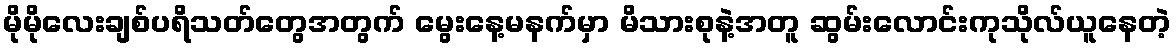
မိုမိုလေးချစ်ပရိသတ်တွေအတွက် မွေးနေ့မနက်မှာ မိသားစုနဲ့အတူ ဆွမ်းလောင်းကုသိုလ်ယူနေတဲ့